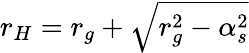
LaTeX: r_{H}=r_{g}+\sqrt{r_{g}^{2}-\alpha_{s}^{2}}